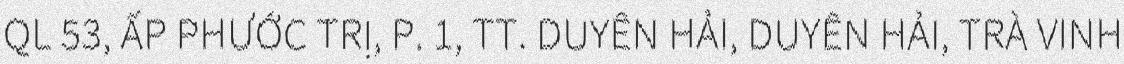
QL 53, ẤP PHƯỚC TRỊ, P. 1, TT. DUYÊN HẢI, DUYÊN HẢI, TRÀ VINH